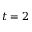
t = 2